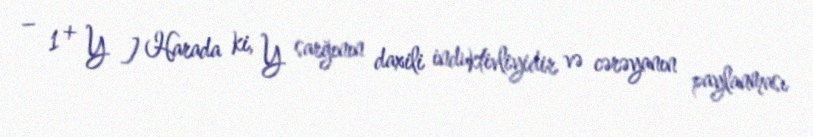
− 1 + Y ] Harada ki, Y sarğının daxili induktivliyidir və cərəyanın paylanması